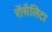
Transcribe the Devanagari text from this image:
रॉसैलिटा